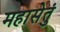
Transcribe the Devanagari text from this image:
महासेतुं